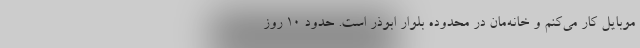
موبایل کار می‌کنم و خانه‌مان در محدوده بلوار ابوذر است. حدود ۱۰ روز